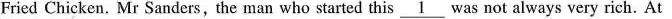
Fried Chicken. Mr Sanders,the man who started this \underline{1}was not always very rich. At